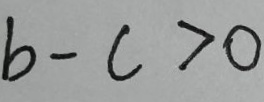
b - c > 0